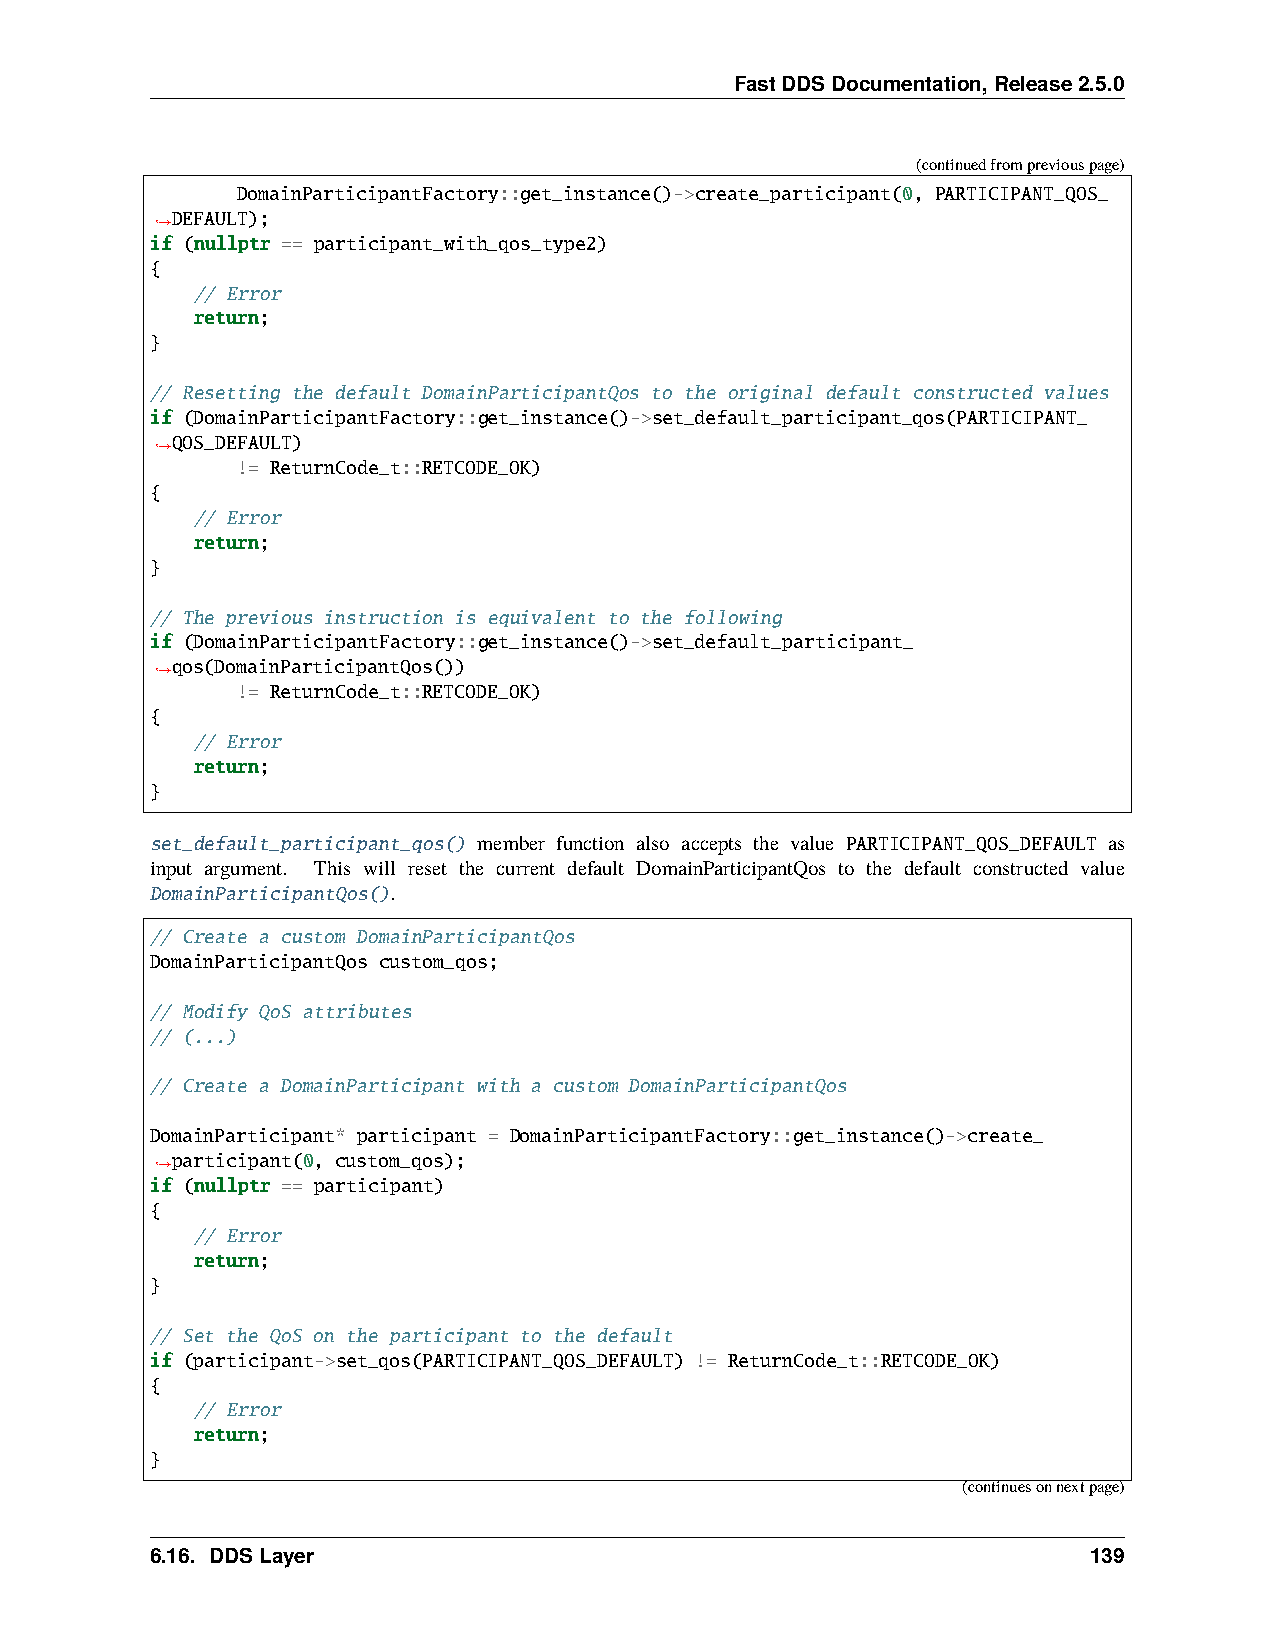
FastDDSDocumentation,Release2.5.0
 (continuedfrompreviouspage)
 DomainParticipantFactory::get_instance()->create_participant(0, PARTICIPANT_QOS_
 DEFAULT);
 ˓→
 if (nullptr == participant_with_qos_type2)
 {
 // Error
 return;
 }
 // Resetting the default DomainParticipantQos to the original default constructed values
 if (DomainParticipantFactory::get_instance()->set_default_participant_qos(PARTICIPANT_
 QOS_DEFAULT)
 ˓→
 != ReturnCode_t::RETCODE_OK)
 {
 // Error
 return;
 }
 // The previous instruction is equivalent to the following
 if (DomainParticipantFactory::get_instance()->set_default_participant_
 qos(DomainParticipantQos())
 ˓→
 != ReturnCode_t::RETCODE_OK)
 {
 // Error
 return;
 }
 set_default_participant_qos() member function also accepts the value PARTICIPANT_QOS_DEFAULT as
 input argument. This will reset the current default DomainParticipantQos to the default constructed value
 DomainParticipantQos().
 // Create a custom DomainParticipantQos
 DomainParticipantQos custom_qos;
 // Modify QoS attributes
 // (...)
 // Create a DomainParticipant with a custom DomainParticipantQos
 DomainParticipant* participant = DomainParticipantFactory::get_instance()->create_
 participant(0, custom_qos);
 ˓→
 if (nullptr == participant)
 {
 // Error
 return;
 }
 // Set the QoS on the participant to the default
 if (participant->set_qos(PARTICIPANT_QOS_DEFAULT) != ReturnCode_t::RETCODE_OK)
 {
 // Error
 return;
 }
 (continuesonnextpage)
 6.16. DDSLayer                                                139